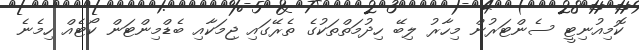
ކޮމިއުނިޓީ ސެންޓަރުން މިހާރު ލިބޭ ހިދުމަތްތަކުގެ ތެރޭގައި ޖިމަކާއި ބެޑްމިންޓަން ކޯޓެއް ހިމެނެ